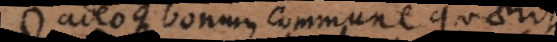
adeoque bonum commune quaerit